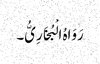
رَوَاہُ الْبُخَارِیُّ۔